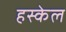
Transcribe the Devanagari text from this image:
हस्केल